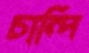
চান্দি